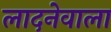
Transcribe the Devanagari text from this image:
लादनेवाला